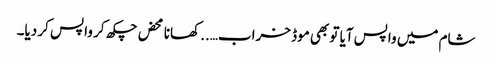
شام میں واپس آیا تو بھی موڈ خراب….. کھانا محض چکھ کر واپس کر دیا۔